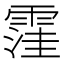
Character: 䨟